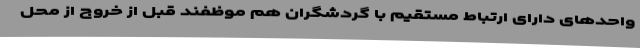
واحدهای دارای ارتباط مستقیم با گردشگران هم موظفند قبل از خروج از محل